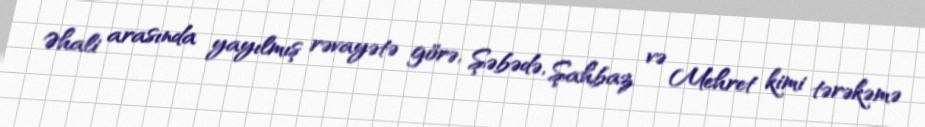
Əhali arasında yayılmış rəvayətə görə, Şəbədə, Şahbaz və Mehret kimi tərəkəmə